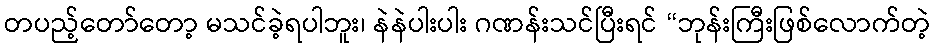
တပည့်တော်တော့ မသင်ခဲ့ရပါဘူး၊ နဲနဲပါးပါး ဂဏန်းသင်ပြီးရင် “ဘုန်းကြီးဖြစ်လောက်တဲ့